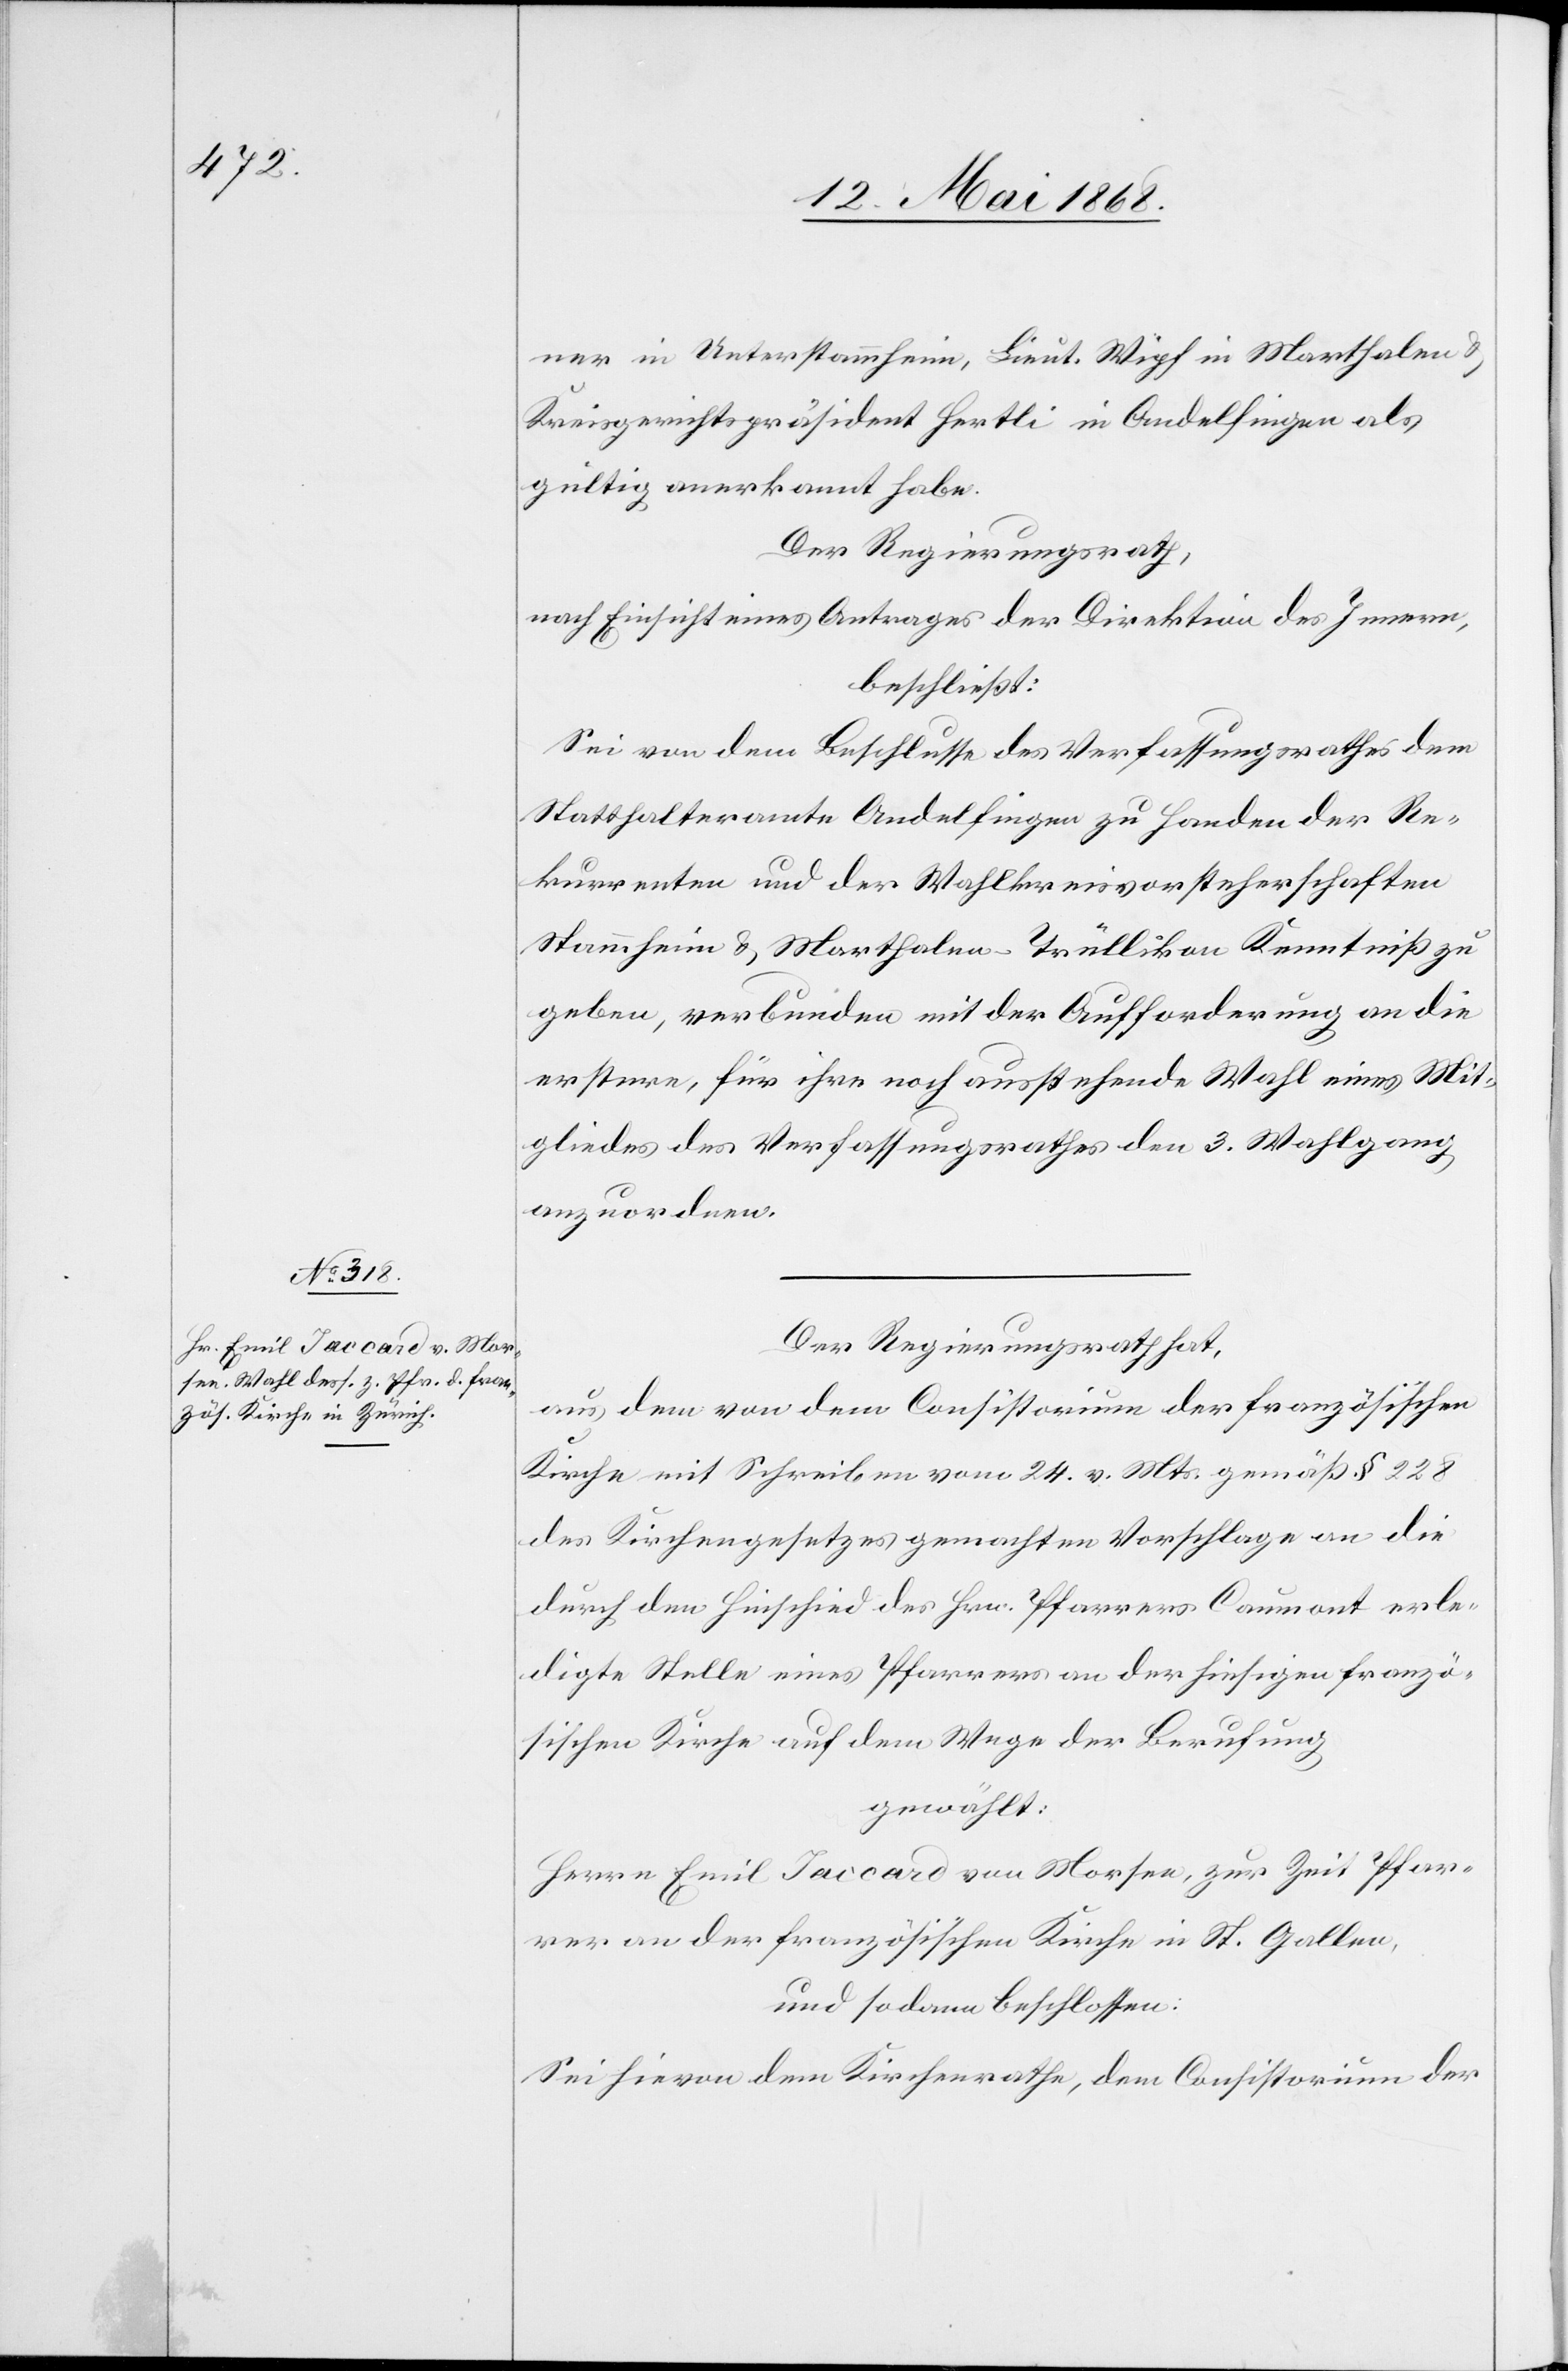
ner in Unterstammheim, Lieut. Wipf in Marthalen &
Kreisgerichtspräsident Hertli in Andelfingen als
gültig anerkannt habe.
Der Regierungsrath,
nach Einsicht eines Antrages der Direktion des Innern,
beschließt:
Sei von dem Beschlusse des Verfassungsrathes dem
Statthalteramte Andelfingen zu Handen der Re¬
kurrenten und der Wahlkreisvorsteherschaften
Stammheim & Marthalen-Trüllikon Kenntniß zu
geben, verbunden mit der Aufforderung an die
erstere, für ihre noch ausstehende Wahl eines Mit¬
gliedes des Verfassungsrathes den 3. Wahlgang
anzuordnen.
Der Regierungsrath hat,
aus dem von dem Consistorium der französischen
Kirche mit Schreiben vom 24. v. Mts. gemäß § 228
des Kirchengesetzes gemachten Vorschlage an die
durch den Hinschied des Hrn. Pfarrers Caumont erle¬
digte Stelle eines Pfarrers an der hiesigen franzö¬
sischen Kirche auf dem Wege der Berufung
gewählt:
Herrn Emil Jaccard von Morsee, zur Zeit Pfar¬
rer an der französischen Kirche in St. Gallen,
und sodann beschlossen:
Sei hievon dem Kirchenrathe, dem Consistorium der